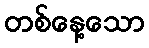
တစ်နေ့သော